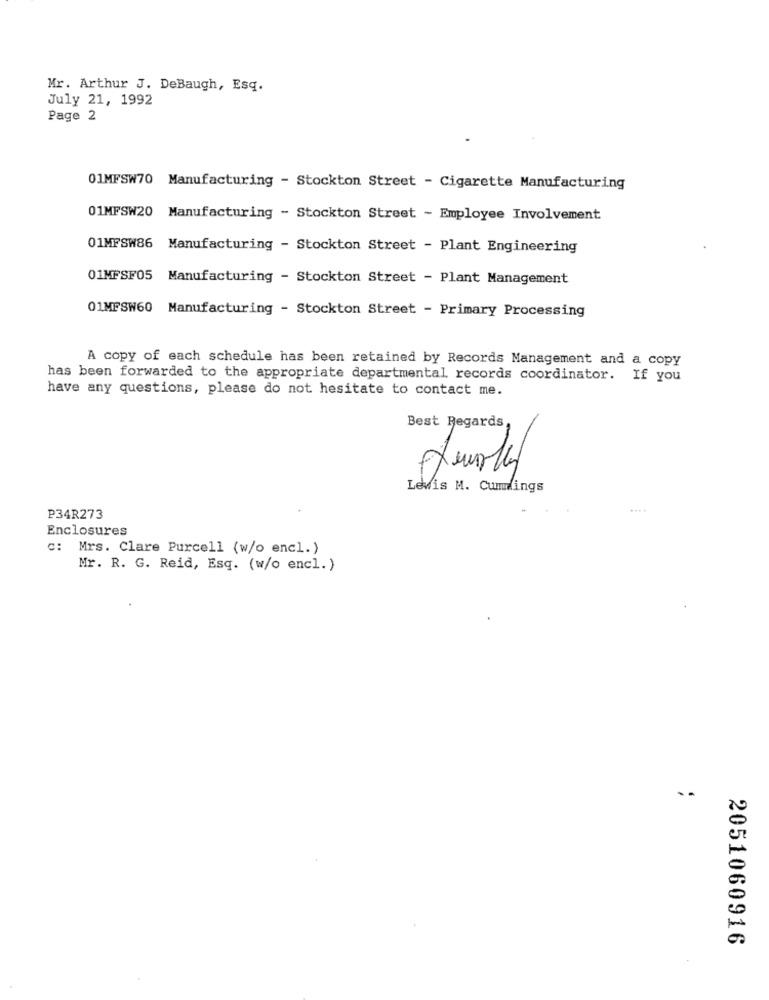
Mr. Arthur J. DeBaugh, Esq.
July 21, 1992
Page 2
01MFSW70 Manufacturing - Stockton Street - Cigarette Manufacturing
01MFSW20 Manufacturing - Stockton Street - Employee Involvement
01MFSW86 Manufacturing - Stockton Street - Plant Engineering
01MFSF05 Manufacturing - Stockton Street - Plant Management
01MFSW60 Manufacturing - Stockton Street - Primary Processing
A copy of each schedule has been retained by Records Management and a copy
has been forwarded to the appropriate departmental records coordinator. If you
have any questions, please do not hesitate to contact me.
Best Regards
Lewis M. Cummings
....
P34R273
Enclosures
c: Mrs. Clare Purcell (w/o encl.)
Mr. R. G. Reid, Esq. (w/o encl. )
. .
2051060916